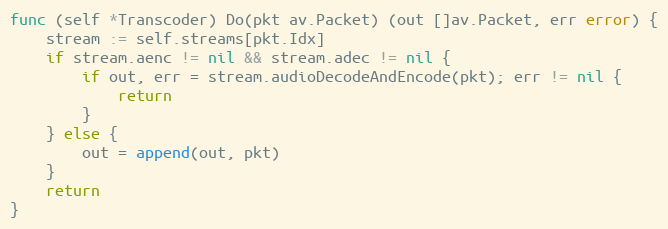
Language: Go
func (self *Transcoder) Do(pkt av.Packet) (out []av.Packet, err error) {
	stream := self.streams[pkt.Idx]
	if stream.aenc != nil && stream.adec != nil {
		if out, err = stream.audioDecodeAndEncode(pkt); err != nil {
			return
		}
	} else {
		out = append(out, pkt)
	}
	return
}